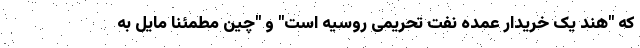
که "هند یک خریدار عمده نفت تحریمی روسیه است" و "چین مطمئنا مایل به